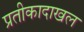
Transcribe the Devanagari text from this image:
प्रतीकादाखल